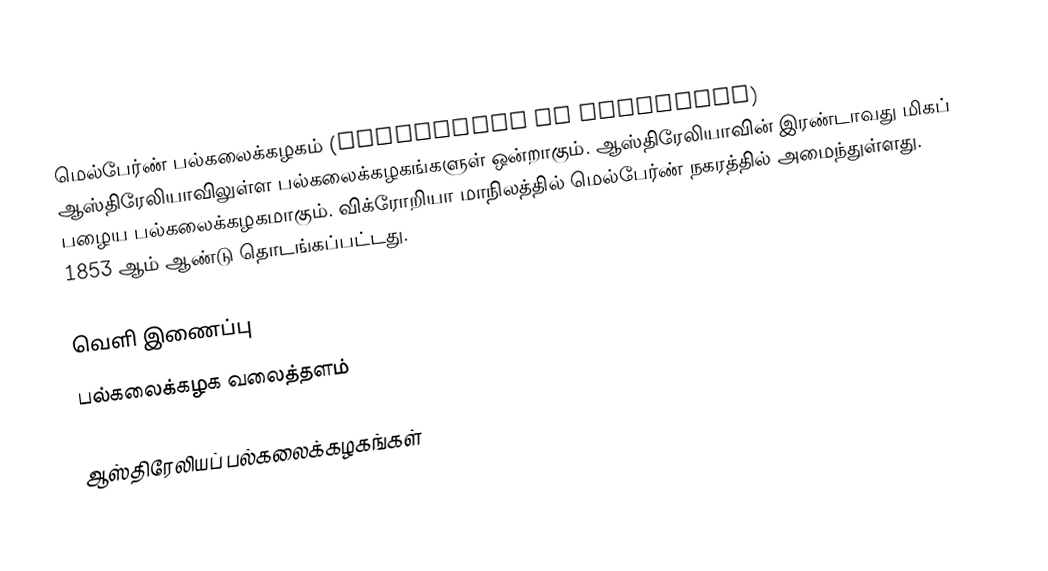
மெல்பேர்ண் பல்கலைக்கழகம் (University of Melbourne) ஆஸ்திரேலியாவிலுள்ள பல்கலைக்கழகங்களுள் ஒன்றாகும். ஆஸ்திரேலியாவின் இரண்டாவது மிகப் பழைய பல்கலைக்கழகமாகும். விக்ரோறியா மாநிலத்தில் மெல்பேர்ண் நகரத்தில் அமைந்துள்ளது. 1853 ஆம் ஆண்டு தொடங்கப்பட்டது.

வெளி இணைப்பு
 பல்கலைக்கழக வலைத்தளம்

ஆஸ்திரேலியப் பல்கலைக்கழகங்கள்